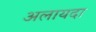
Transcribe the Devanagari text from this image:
अलायदा